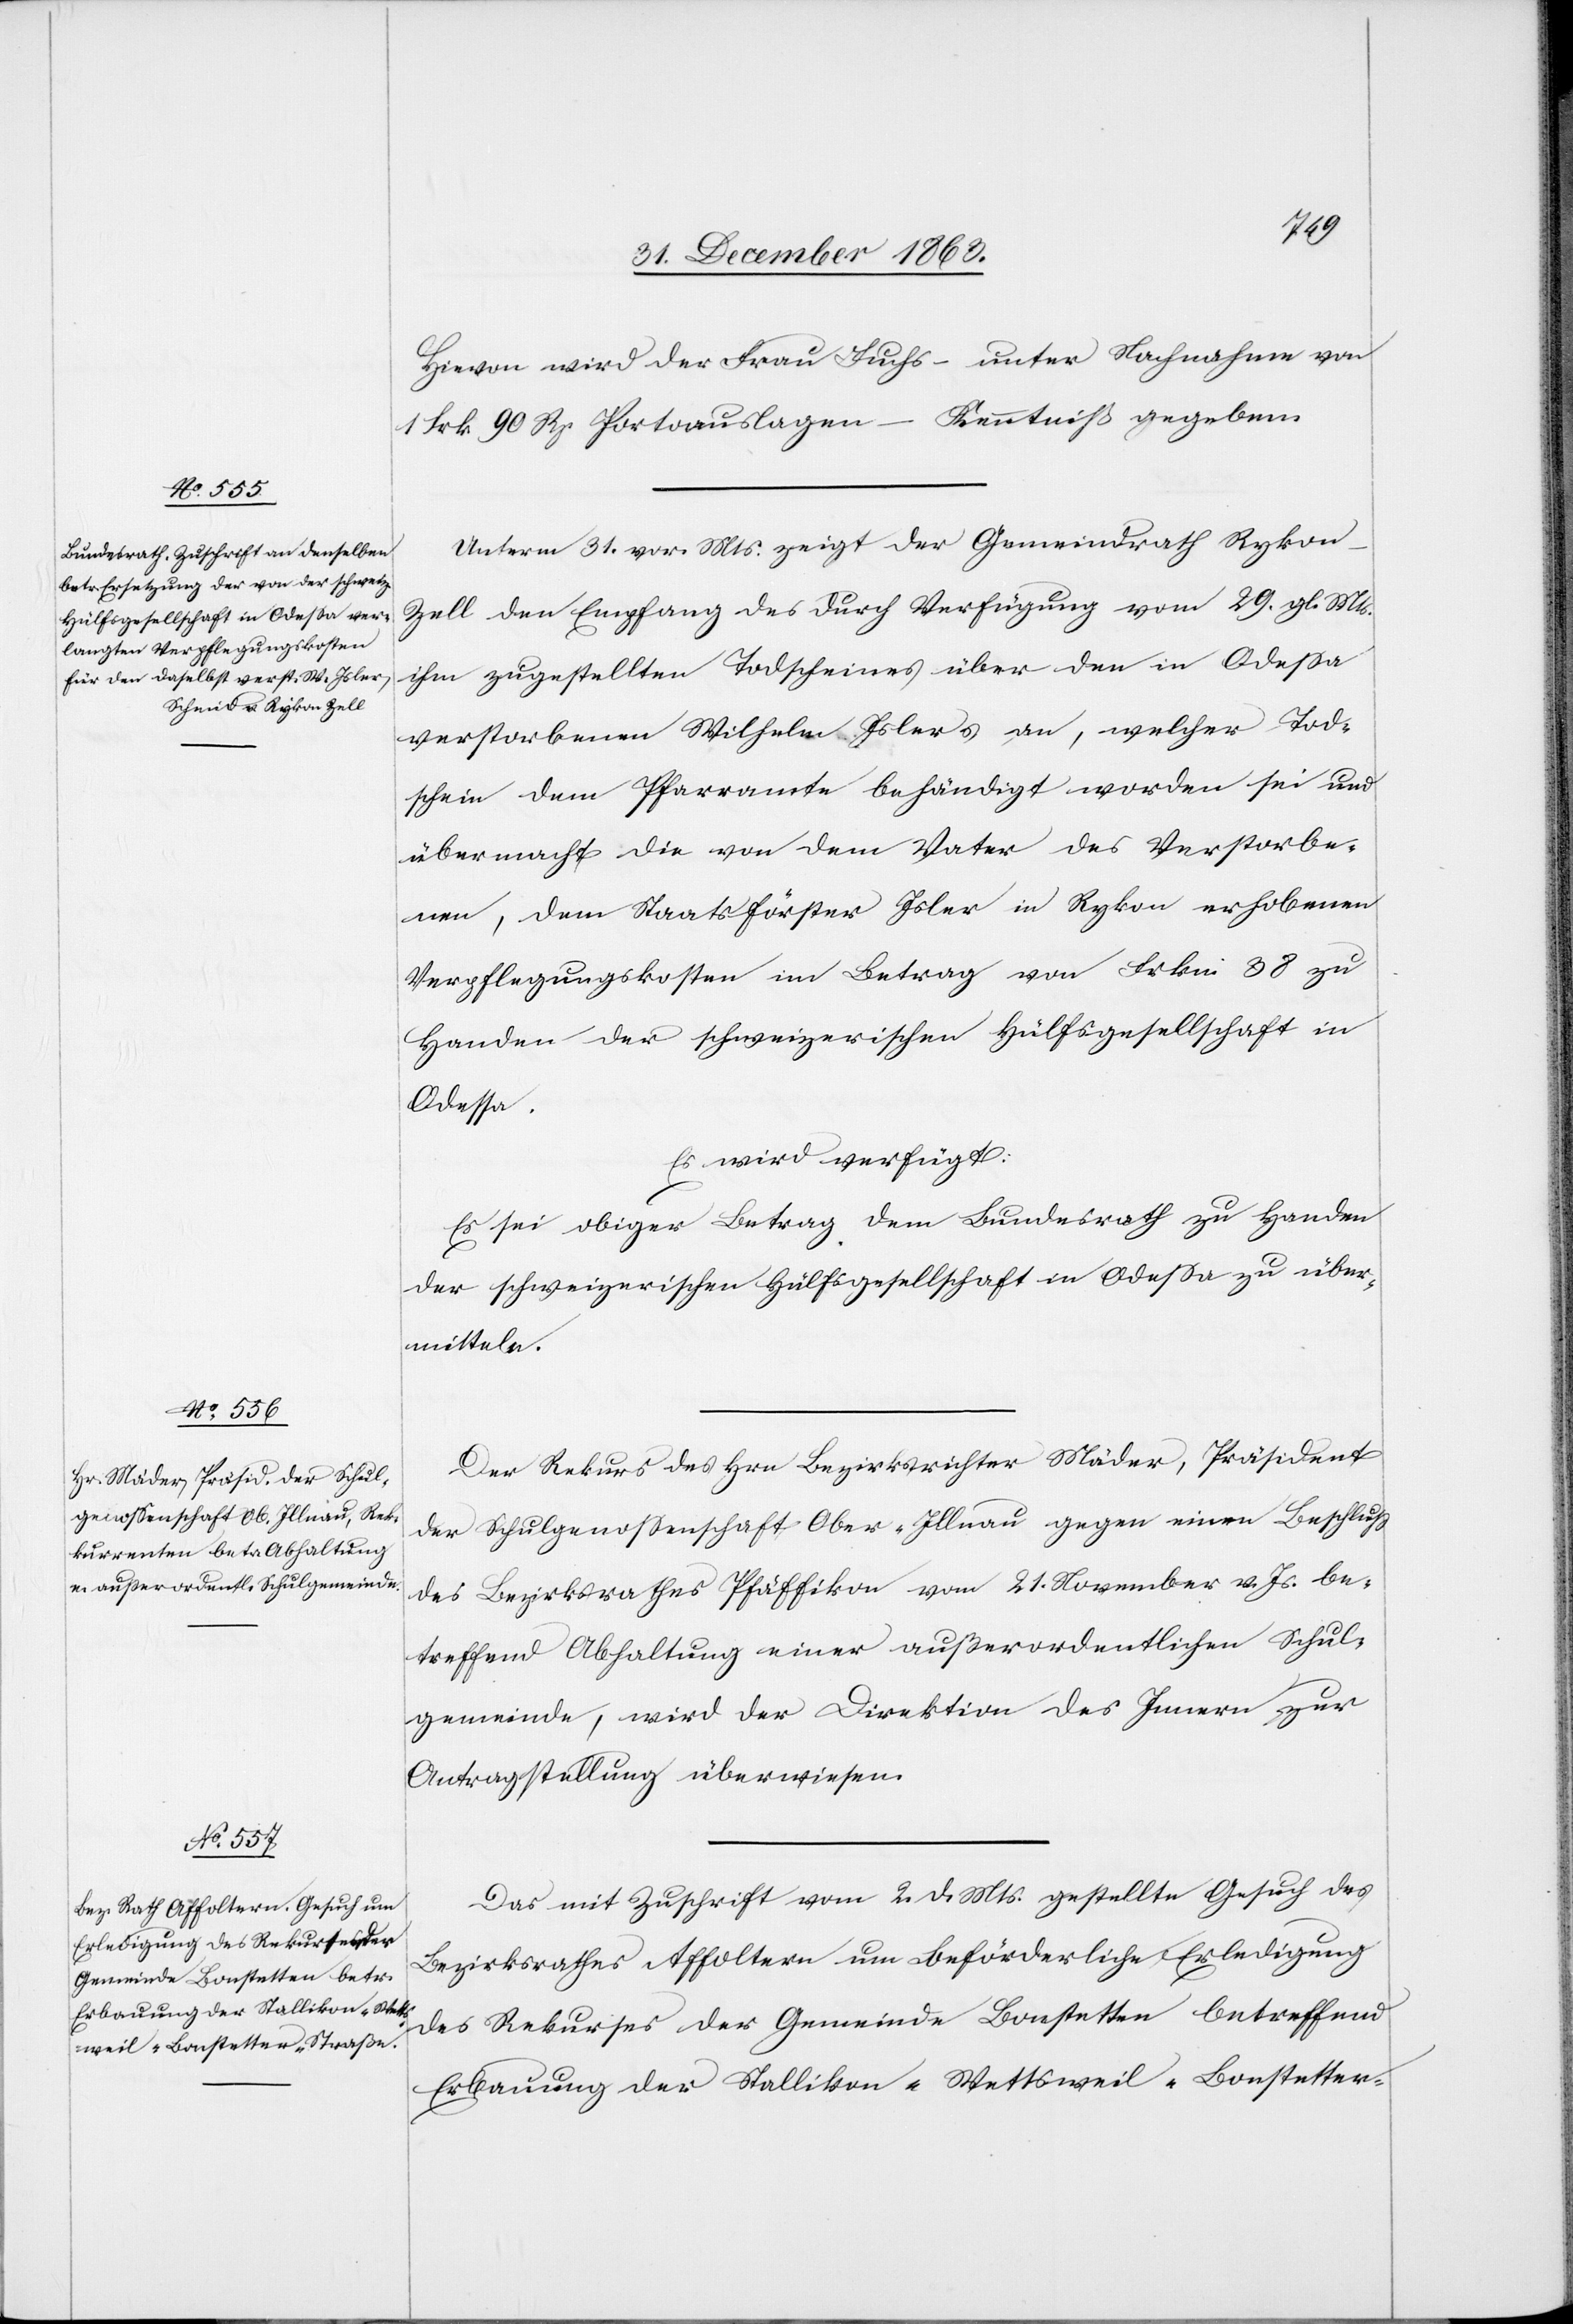
1864.]
Hievon wird der Frau Fuchs – unter Nachnahme von
1 Frk. 90 Rp. Portoauslagen – Kenntniß gegeben.
Unterm 31. vor. Mts. zeigt der Gemeindrath Ryko¬
n-Zell den Empfang des durch Verfügung vom 29. gl. Mts.
ihm zugestellten Todscheines über den in Odessa
verstorbenen Wilhelm Islers an, welcher Tod¬
schein dem Pfarramte behändigt worden sei und
übermacht die von dem Vater des Verstorbe¬
nen, dem Staatsförster Isler in Rykon erhobenen
Verpflegungskosten im Betrag von Frkn. 38 zu
Handen der schweizerischen Hülfsgesellschaft in
Odessa.
Es wird verfügt:
Es sei obiger Betrag dem Bundesrath zu Handen
der schweizerischen Hülfsgesellschaft in Odessa zu über¬
mitteln.
Der Rekurs des Hrn Bezirksrichter Mäder, Präsident
der Schulgenossenschaft Ober-Illnau gegen einen Beschluss
des Bezirksrathes Pfäffikon vom 21. November v. Js. be¬
treffend Abhaltung einer außerordentlichen Schul¬
gemeinde, wird der Direktion des Innern zur
Antragstellung überwiesen.
Das mit Zuschrift vom 2. d. Mts. gestellte Gesuch des
Bezirksrathes Affoltern um beförderliche Erledigung
des Rekurses der Gemeinde Bonstetten betreffend
Erbauung der Stallikon–Wettsweil–Bonstetter-